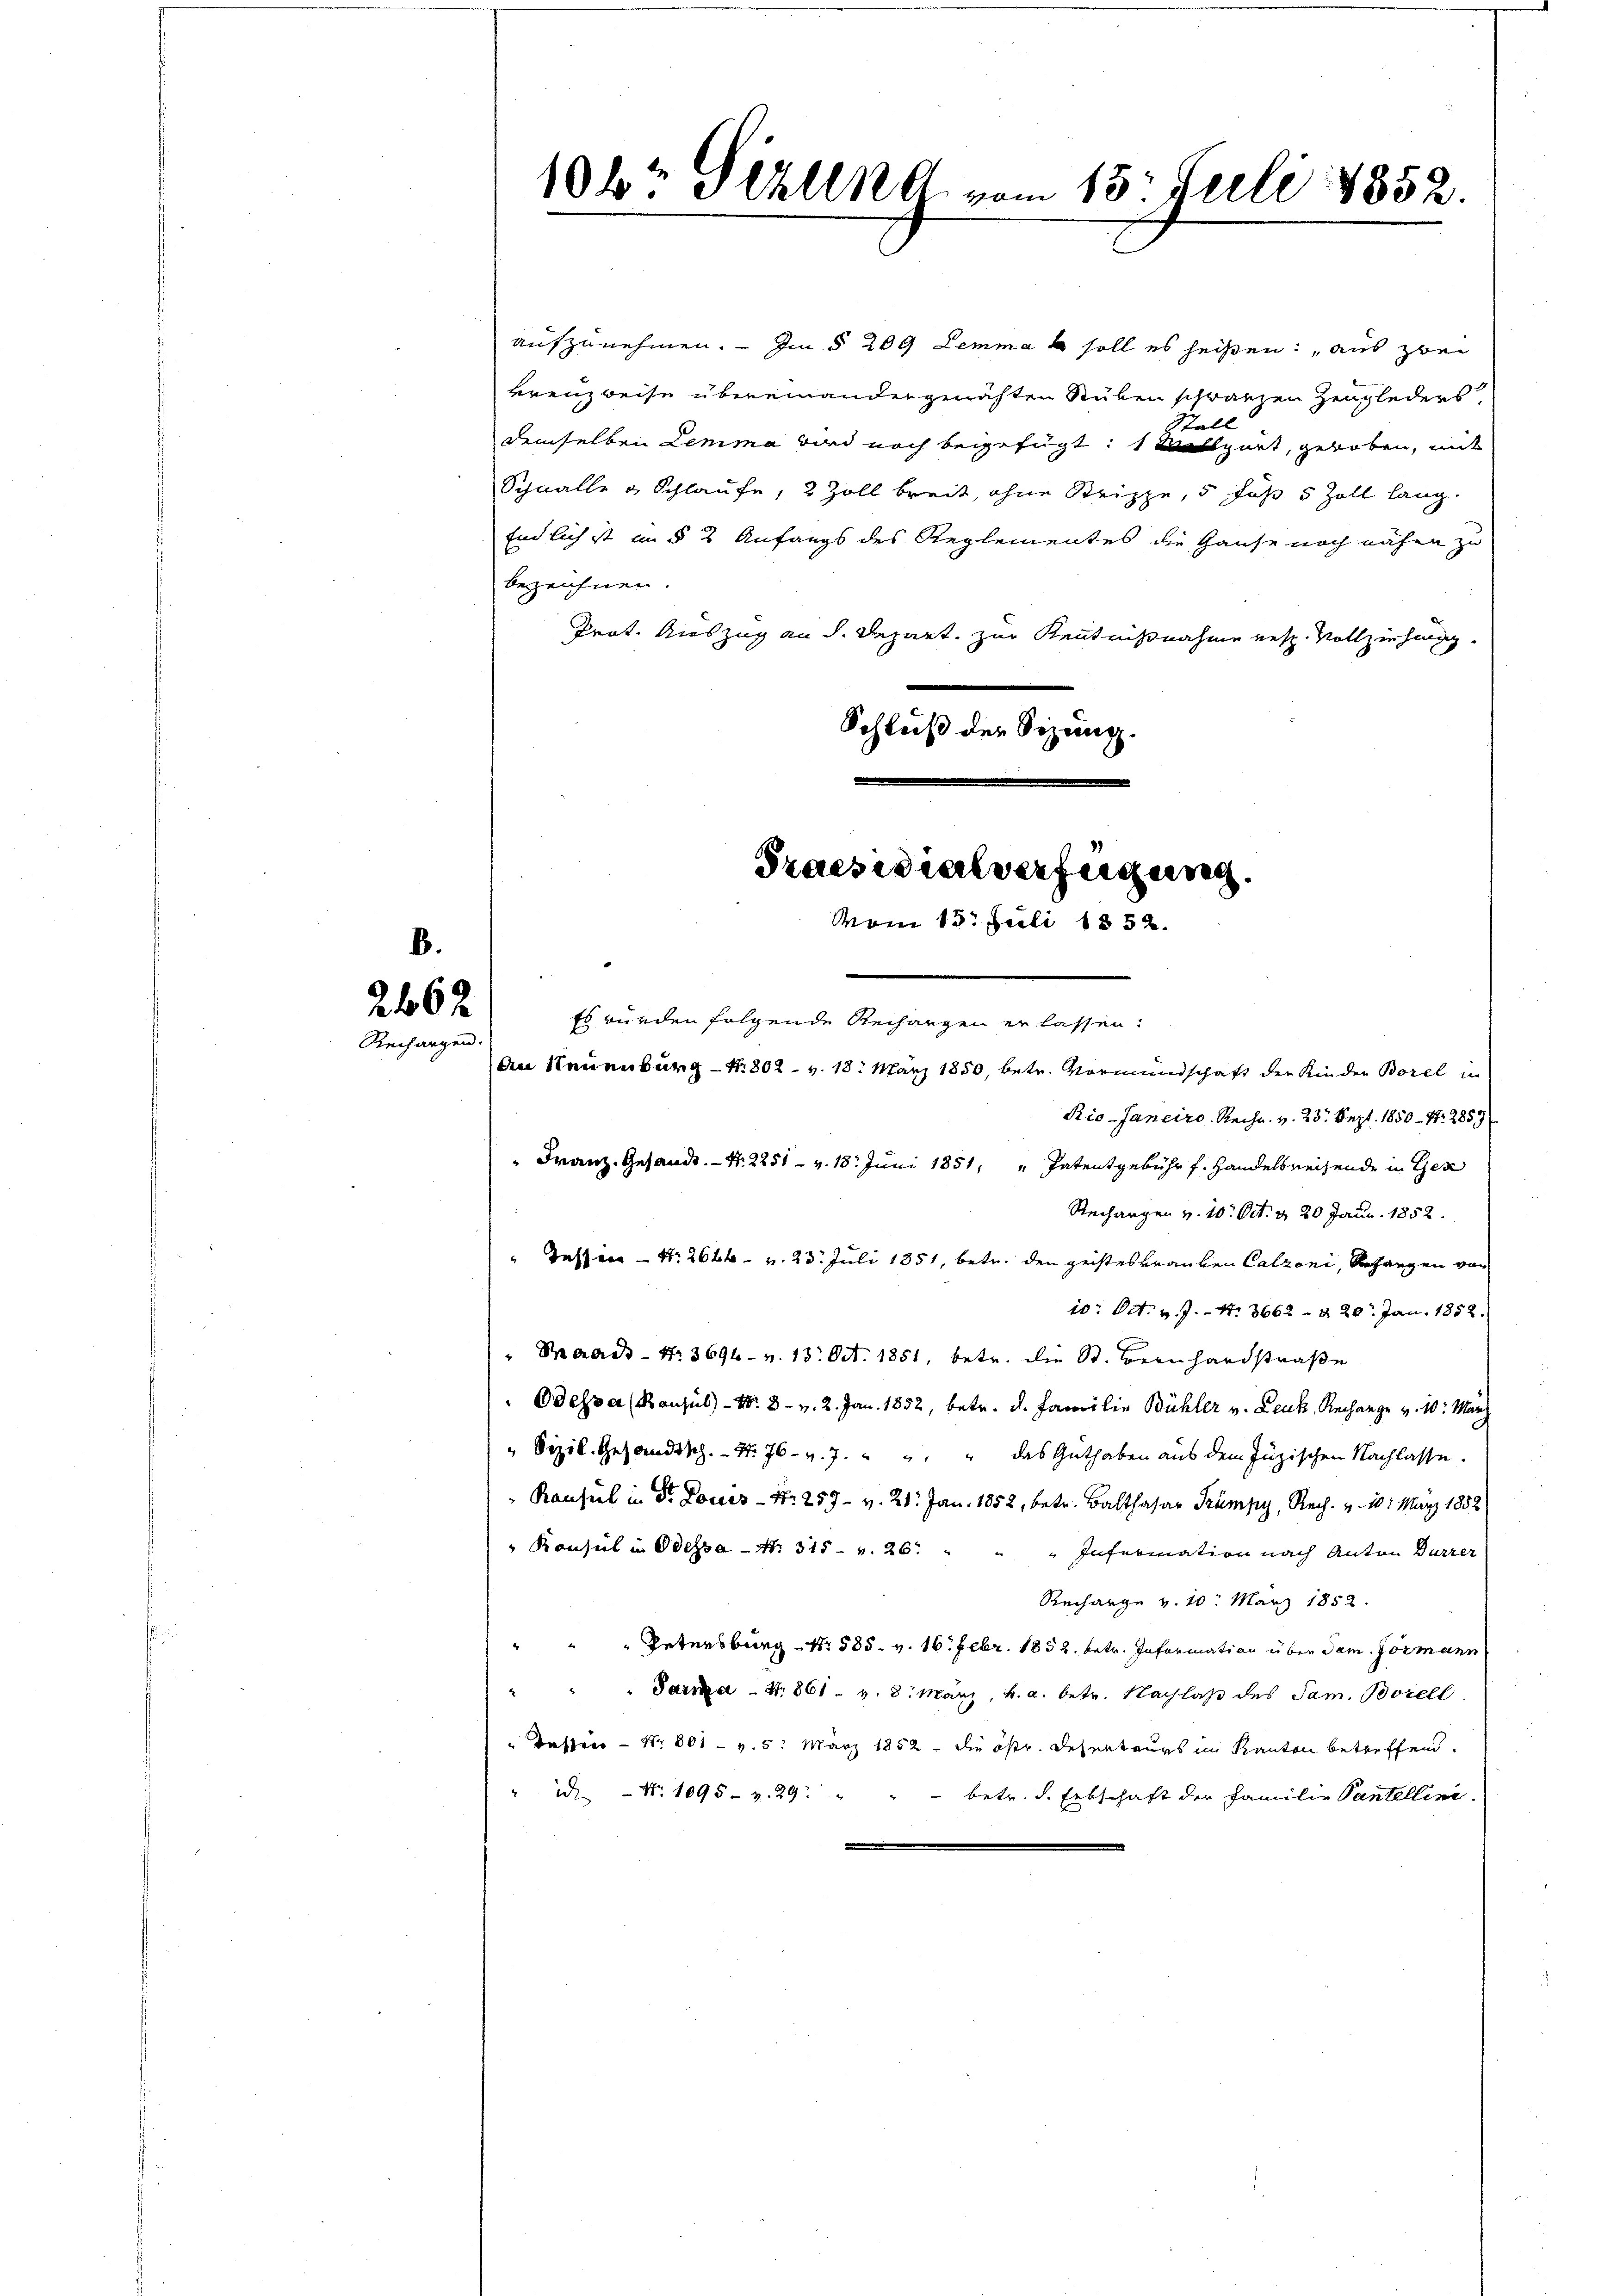
246 x
Rechargen.

aufzunehmen. — Im § 209 Lemma e soll es heißen: aus zwei
kreuzweise übereinander genähten Ruben schwänzen Zeugleders
demselben Lemma wird noch beigefügt: 1 Messgart, geroben, mit
Schnalle & Schlaufe, 2 Zoll breit, ohne Strippe, 5 Fuß 5 Zoll lang.
Endlich ist in § 2 Anfangs des Reglementes die Hause noch nahen zu
bezeichnen.
Trat. Auszug an d. Depart. zur Kenntnißnahme resp. Vollziehung
Schluß der Sizung.

10 kr Fehlen vom 15. Juli 1852.

Praesidialverfügung.
vom 15. Juli 1852.

Es würden folgende Rechangen er lassen.
An Neuenburg - Nr. 802. v. 18. März 1850, betr. Vormundschaft der Kinder Borel in
Rio-Janeiro Rechn. v. 23. Sept. 1850 - N. 2859
" Franz. Gesandt. - N. 2251 - v. 18. Juni 1851, " Patentgebühr f. Handelsreisende in Ges
Rechargen v. 10. Oct. d. 20 Jann. 1852.
“ Tessin - Nr. 2626. v. 23. Juli 1851, betr. den geisteskranken Calzoni, Behangen von
10. Oct. v. J. N. 3662 § 20. Jan. 1858.
" Parads Nr. 3694- v. 13. Oct. 1851, betr. die St. Bernhardstraße
 Odessa (Bausul)- N. 8 v. 2. Jan. 1852, betr. d. Familie Bühler v. Leuk, Rechange v. 10. März
" Sizil. Gesandtsch. N. 76. v. 7. " " " das Guthaben aus dem Juzischen Nachlasse.
Rausul in Dr. Louis - N. 257 - v. 211. Jan. 1852, betr. Balthasar Trümpy, Rech. v. 10. März 1852
" Konsul in Odessa - Nr. 315 v. 26.
Infermation nach Anton Dürrer
Recharge v. 10. März 1852.
" Petersburg - Nr. 585. v. 16. Febr. 1852. betr. Information über dem Formann
Saria - N. 861 v. 8. März, h. a. betr. Nachlaß des Jam. Borell
Tasten - Nr. 801 - v. 5. März 1852, die östr. Deserteurs im Kanton betreffend.
" Nr. 1095. v. 29 "
" betr. d. Erbschaft der Familie Pantelline